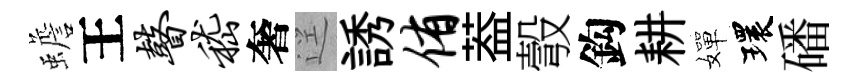
蟾王瞽嵇奢逕誘侑葢彀鈎耕嬋環磻